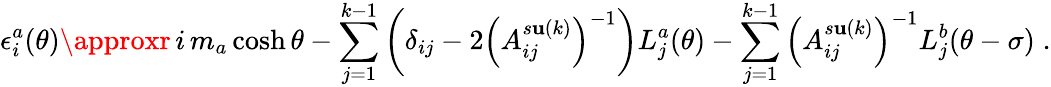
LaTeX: \epsilon_{i}^{a}(\theta)\approxr\, i\, m_{a}\cosh\theta-\sum_{j=1}^{k-1}\left(\delta_{ij}-2\left(A_{ij}^{s\mathbf{u}(k)}\right)^{-1}\right)L_{j}^{a}(\theta)-\sum_{j=1}^{k-1}\left(A_{ij}^{s\mathbf{u}(k)}\right)^{-1}L_{j}^{b}(\theta-\sigma)\; .